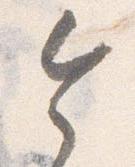
令